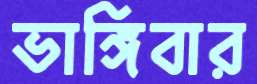
ভাঙ্গিবার